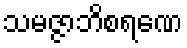
သမဇ္ဇာဘိစရဏေ